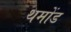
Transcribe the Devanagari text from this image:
थमोंड